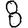
Digit: 8